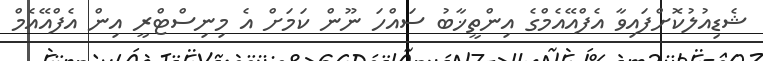
ޝެޑިއުލުކޮށްފައިވާ އެފްއޭއެމްގެ އިންތީޚާބު ސައްހަ ނޫން ކަމަށް އެ މިނިސްޓްރީ އިން އެފްއޭއެމް